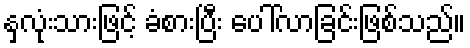
နှလုံးသားဖြင့် ခံစားပြီး ပေါ်လာခြင်းဖြစ်သည်။